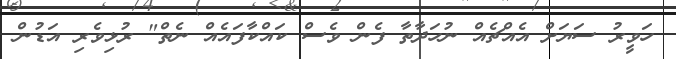
ހަވީރު ސަޔަށް އެއްޗެއް ނުހަދާތާ ފެން ވެސް ކައްކާފައެއް ނެތް" ރުޅިވެރި އަޑުން